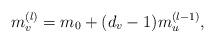
LaTeX: \begin{align*}m_{v}^{(l)}=m_{0}+(d_{v}-1)m_{u}^{(l-1)},\end{align*}